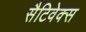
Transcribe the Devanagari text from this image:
सैटिवेक्स